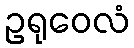
ဥရုဝေလံ